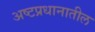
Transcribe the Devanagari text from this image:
अष्टप्रधानातील